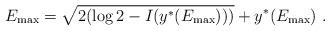
LaTeX: \begin{align*}E_{\max}= \sqrt{2(\log 2 - I(y^*(E_{\max})))} + y^*(E_{\max})\ .\end{align*}